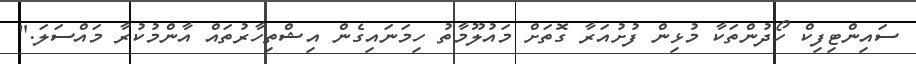
ސައިންޓިފިކް ހޯދުންތަކާ މުޅިން ފުށުއަރާ ގޮތަށް މައުލޫމާތު ހިމަނައިގެން އިޝްތިހާރުތައް އާންމުކުރާ މައްސަލަ."